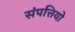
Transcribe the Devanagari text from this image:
संपत्तियो